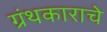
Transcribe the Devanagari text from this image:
ग्रंथकाराचे